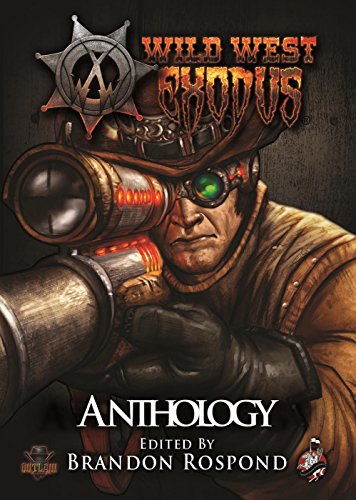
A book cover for The Wild West Exodus Anthology; Literature & Fiction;